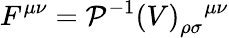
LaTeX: F^{\mu\nu}={{\cal P}^{-1}(V)}_{\rho\sigma}{}^{\mu\nu}